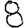
Digit: 8